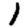
Digit: 1